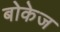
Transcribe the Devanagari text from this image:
बोकेज